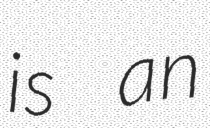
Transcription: is an